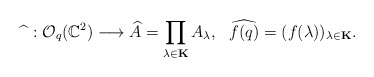
\begin{align*}\widehat{}\ : \mathcal{O}_{q}(\Bbb C^2)\longrightarrow \widehat{A}=\prod_{\lambda\in{\bf K}}A_\lambda,\ \ \widehat{f(q)}=(f(\lambda))_{\lambda\in{\bf K}}.\end{align*}